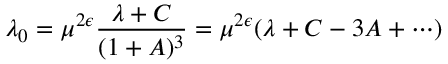
\lambda _ { 0 } = \mu ^ { 2 \epsilon } \frac { \lambda + C } { ( 1 + A ) ^ { 3 } } = \mu ^ { 2 \epsilon } ( \lambda + C - 3 A + \cdots )